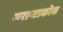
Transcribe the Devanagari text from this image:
सरान्टाकोस